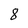
Character: 8